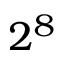
2 ^ { 8 }